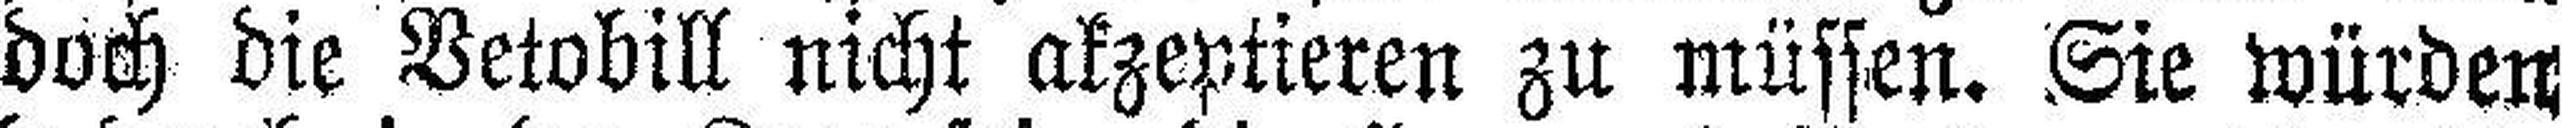
doch die Vetobill nicht akzeptieren zu müssen. Sie würden